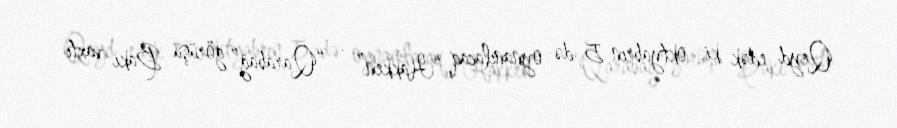
Qeyd edək ki, oktyabrın 5-də oynanılacaq “Hakken” - “Qarabağ” görüşü Bakı vaxtı